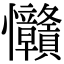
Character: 𢦅